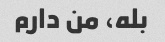
بله، من دارم